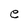
Character: e